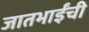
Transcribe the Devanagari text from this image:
जातभाईंची